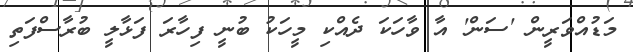
މަޑުއްވަރީން 'ސަން' އާ ވާހަކަ ދެއްކި މީހަކު ބުނީ ފިހާރަ ފަޅާލީ ބުރާސްފަތި